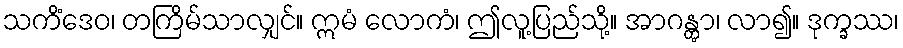
သကိံဒေဝ၊ တကြိမ်သာလျှင်။ ဣမံ လောကံ၊ ဤလူ့ပြည်သို့။ အာဂန္တွာ၊ လာ၍။ ဒုက္ခဿ၊